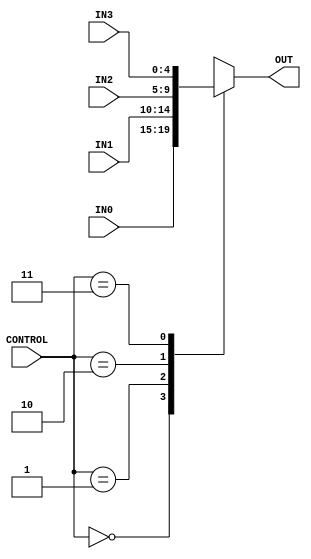
`timescale 1ns / 1ps
//////////////////////////////////////////////////////////////////////////////////
// Company: 
// Engineer: 
// 
// Design Name: 
// Module Name: Multiplexer_4way
// Project Name: 
// Target Devices: 
// Tool Versions: 
// Description: 
// 
// Dependencies: 
// 
// Revision:
// Revision 0.01 - File Created
// Additional Comments:
// 
//////////////////////////////////////////////////////////////////////////////////


module Multiplexer4(
    input [1:0] CONTROL,
    input [4:0] IN0,
    input [4:0] IN1,
    input [4:0] IN2,
    input [4:0] IN3,
    output reg [4:0] OUT
    );
    
    always@(    CONTROL or
                IN0     or
                IN1     or
                IN2     or
                IN3     
                )
    
    begin
        case(CONTROL)
            2'b00       : OUT <= IN0;
            2'b01       : OUT <= IN1;
            2'b10       : OUT <= IN2;
            2'b11       : OUT <= IN3;
            default : OUT <= 5'b00000;
        endcase
    end
    
endmodule